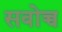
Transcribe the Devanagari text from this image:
सवोच्च